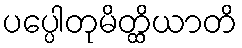
ပပ္ပေါတုမိတ္ထိယာတိ